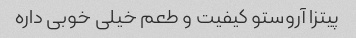
پیتزا آروستو کیفیت و طعم خیلی خوبی داره